Vaccination in Bombay 1869-1873 - 1869-1873
Year: 1869
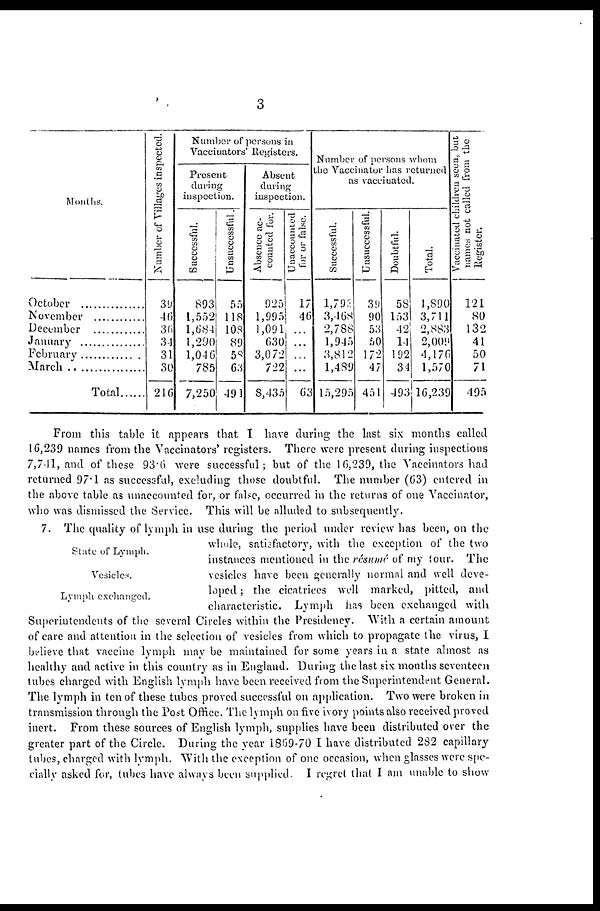
3
Months.
October
.
November
December ............
January
.
February ..............
March ..................
Total...........
Number of Villages inspected.
39
46
36
34
31
30
216
Number of persons in
Vaccinators' Registers.
Present
during
inspection.
Successful.
893
1,552
1,684
1,290
1,046
785
7,250
Unsuccessful.
55
118
108
89
58
63
491
Absent
during
inspection.
Absence ac-
counted for.
925
1,995
1,091
630
3,072
722
8,435
Unaccounted
for or false.
17
46
...
...
...
...
63
Number of persons whom
the Vaccinator has returned
as vaccinated.
Successful.
1,793
3,468
2,788
1,945
3,812
1,489
15,295
Unsuccessful.
39
90
53
50
172
47
451
Doubtful.
58
153
42
14
192
34
493
Total.
1,890
3,711
2,883
2,009
4,176
1,570
16,239
Vaccinated children seen, but
names not called from the
Register.
121
80
132
41
50
71
495
From this table it appears that I have during the last six months called
16,239 names from the Vaccinators' registers. There were present during inspections
7,741, and of these 93.6 were successful; but of the 16,239, the Vaccinators had
returned 97.1 as successful, excluding those doubtful. The number (63) entered in
the above table as unaccounted for, or false, occurred in the returns of one Vaccinator,
who was dismissed the Service. This will be alluded to subsequently.
State of Lymph.
Vesicles.
Lymph exchanged.
7. The quality of lymph in use during the period under review has been, on the
whole, satisfactory, with the exception of the two
instances mentioned in the résumé of my tour. The
vesicles have been generally normal and well deve-
loped ; the cicatrices well marked, pitted, and
characteristic. Lymph has been exchanged with
Superintendents of the several Circles within the Presidency. With a certain amount
of care and attention in the selection of vesicles from which to propagate the virus, I
believe that vaccine lymph may be maintained for some years in a state almost as
healthy and active in this country as in England. During the last six months seventeen
tubes charged with English lymph have been received from the Superintendent General.
The lymph in ten of these tubes proved successful on application. Two were broken in
transmission through the Post Office. The lymph on five ivory points also received proved
inert. From these sources of English lymph, supplies have been distributed over the
greater part of the Circle. During the year 1869-70 I have distributed 282 capillary
tubes, charged with lymph. With the exception of one occasion, when glasses were spe-
cially asked for, tubes have always been supplied. I regret that I am unable to show